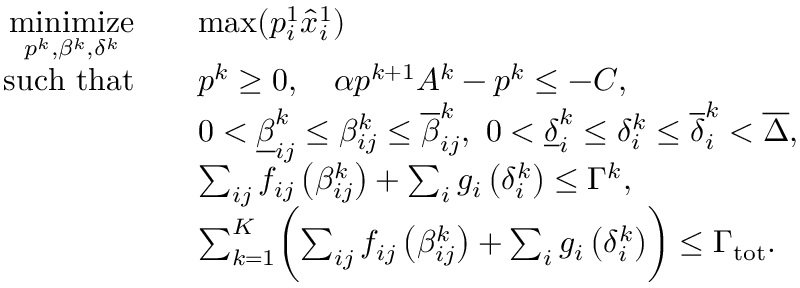
\begin{array} { r l } { \underset { p ^ { k } , \beta ^ { k } , \delta ^ { k } } { \mathrm { m i n i m i z e } } } & { \quad \mathrm { m a x } ( p _ { i } ^ { 1 } \hat { x } _ { i } ^ { 1 } ) } \\ { \mathrm { s u c h ~ t h a t } } & { \quad p ^ { k } \geq 0 , \quad \alpha p ^ { k + 1 } A ^ { k } - p ^ { k } \leq - C , } \\ & { \quad 0 < \underline { { \beta } } _ { i j } ^ { k } \leq \beta _ { i j } ^ { k } \leq \overline { { \beta } } _ { i j } ^ { k } , \ 0 < \underline { { \delta } } _ { i } ^ { k } \leq \delta _ { i } ^ { k } \leq \overline { { \delta } } _ { i } ^ { k } < \overline { { \Delta } } , } \\ & { \quad \sum _ { i j } f _ { i j } \left( \beta _ { i j } ^ { k } \right) + \sum _ { i } g _ { i } \left( \delta _ { i } ^ { k } \right) \leq \Gamma ^ { k } , } \\ & { \quad \sum _ { k = 1 } ^ { K } \biggl ( \sum _ { i j } f _ { i j } \left( \beta _ { i j } ^ { k } \right) + \sum _ { i } g _ { i } \left( \delta _ { i } ^ { k } \right) \biggr ) \leq \Gamma _ { \mathrm { t o t } } . } \end{array}